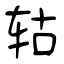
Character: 轱